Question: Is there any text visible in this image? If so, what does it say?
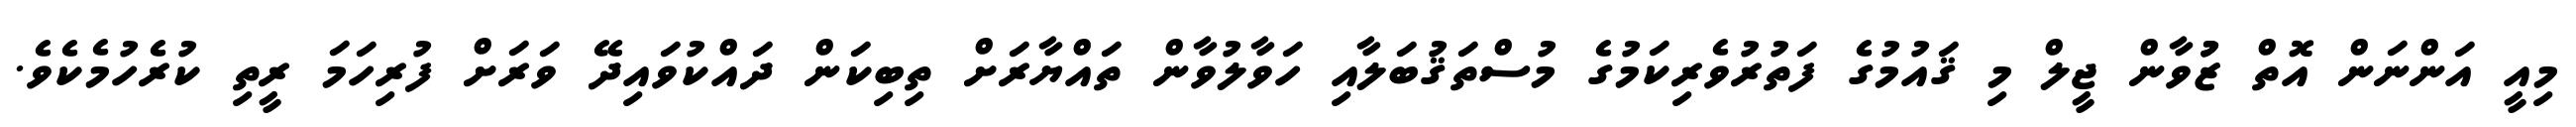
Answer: މިއީ އަންނަން އޮތް ޒުުވާން ޖީލް މި ޤައުމުގެ ފަތުރުވެރިކަމުގެ މުސްތަޤުބަލާއި ހަވާލުވާން ތައްޔާރަށް ތިބިކަން ދައްކުވައިދޭ ވަރަށް ފުރިހަމަ ރީތި ކުރެހުމެކެވެ.